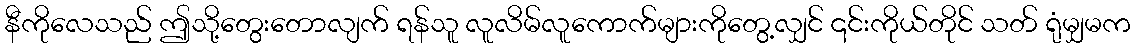
နီကိုလေသည် ဤသို့တွေးတောလျက် ရန်သူ လူလိမ်လူကောက်များကိုတွေ့လျှင် ၎င်းကိုယ်တိုင် သတ် ရုံမျှမက